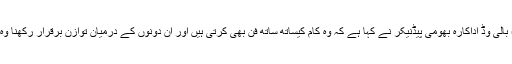
27 مئی2018ء) بالی وڈ اداکارہ بھومی پیڈنیکر نے کہا ہے کہ وہ کام کیساتھ ساتھ فن بھی کرتی ہیں اور ان دونوں کے درمیان توازن برقرار رکھنا وہ بخوبی جانتی ہیں۔